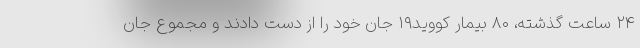
۲۴ ساعت گذشته، ۸۰ بیمار کووید۱۹ جان خود را از دست دادند و مجموع جان